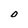
Character: O